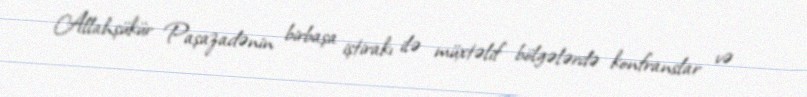
Allahşükür Paşazadənin birbaşa iştirakı ilə müxtəlif bölgələrdə konfranslar və